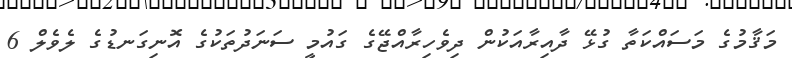
މަޤާމުގެ މަސައްކަތާ ގުޅޭ ދާއިރާއަކުން ދިވެހިރާއްޖޭގެ ގައުމީ ސަނަދުތަކުގެ އޮނިގަނޑުގެ ލެވެލް 6